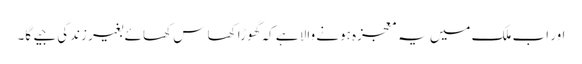
اور اب ملک میں یہ معجزہ ہونے والا ہے کہ گھوڑا کھا س کھائے بغیر زندگی جیے گا۔